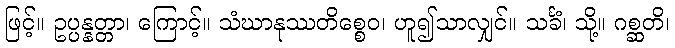
ဖြင့်။ ဥပ္ပန္နတ္တာ၊ ကြောင့်။ သံဃာနုဿတိစ္စေဝ၊ ဟူ၍သာလျှင်။ သင်္ခံ၊ သို့။ ဂစ္ဆတိ၊